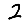
Digit: 2